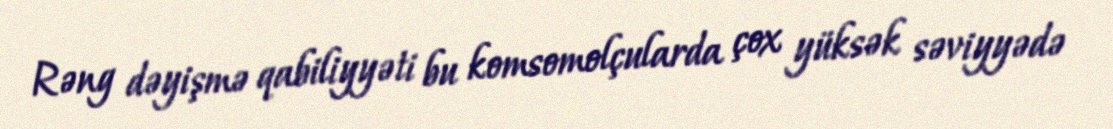
Rəng dəyişmə qabiliyyəti bu komsomolçularda çox yüksək səviyyədə